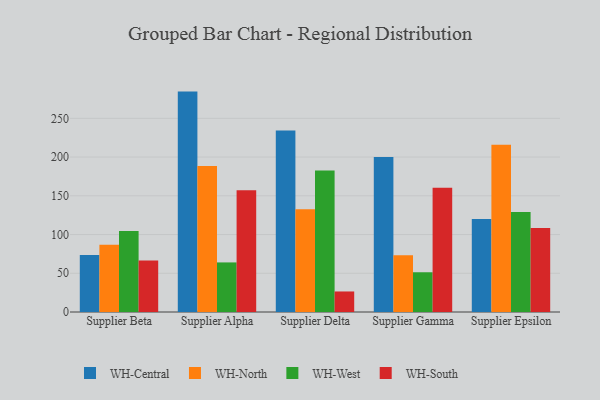
{"axis": {"x": "Supplier", "y": "Inventory Turnover"}, "legend": ["WH-Central", "WH-North", "WH-South", "WH-West"], "data": [{"x": "Supplier Beta", "y": 73.6, "type": "WH-Central"}, {"x": "Supplier Beta", "y": 86.9, "type": "WH-North"}, {"x": "Supplier Beta", "y": 104.5, "type": "WH-West"}, {"x": "Supplier Beta", "y": 66.6, "type": "WH-South"}, {"x": "Supplier Alpha", "y": 284.5, "type": "WH-Central"}, {"x": "Supplier Alpha", "y": 188.6, "type": "WH-North"}, {"x": "Supplier Alpha", "y": 64.0, "type": "WH-West"}, {"x": "Supplier Alpha", "y": 157.2, "type": "WH-South"}, {"x": "Supplier Delta", "y": 234.4, "type": "WH-Central"}, {"x": "Supplier Delta", "y": 132.5, "type": "WH-North"}, {"x": "Supplier Delta", "y": 182.8, "type": "WH-West"}, {"x": "Supplier Delta", "y": 26.5, "type": "WH-South"}, {"x": "Supplier Gamma", "y": 200.1, "type": "WH-Central"}, {"x": "Supplier Gamma", "y": 73.3, "type": "WH-North"}, {"x": "Supplier Gamma", "y": 51.3, "type": "WH-West"}, {"x": "Supplier Gamma", "y": 160.4, "type": "WH-South"}, {"x": "Supplier Epsilon", "y": 120.0, "type": "WH-Central"}, {"x": "Supplier Epsilon", "y": 215.9, "type": "WH-North"}, {"x": "Supplier Epsilon", "y": 129.0, "type": "WH-West"}, {"x": "Supplier Epsilon", "y": 108.3, "type": "WH-South"}]}